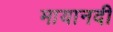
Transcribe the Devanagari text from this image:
मायानदी